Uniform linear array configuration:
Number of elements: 8
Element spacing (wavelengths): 0.25
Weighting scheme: kaiser
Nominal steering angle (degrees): -60
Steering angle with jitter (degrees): -59.773
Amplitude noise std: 0.05
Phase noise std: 0.05

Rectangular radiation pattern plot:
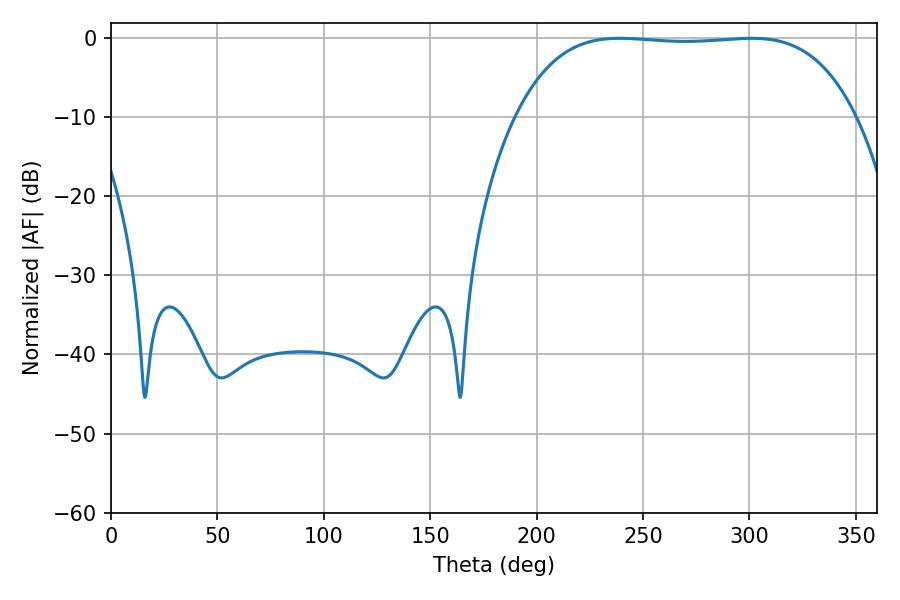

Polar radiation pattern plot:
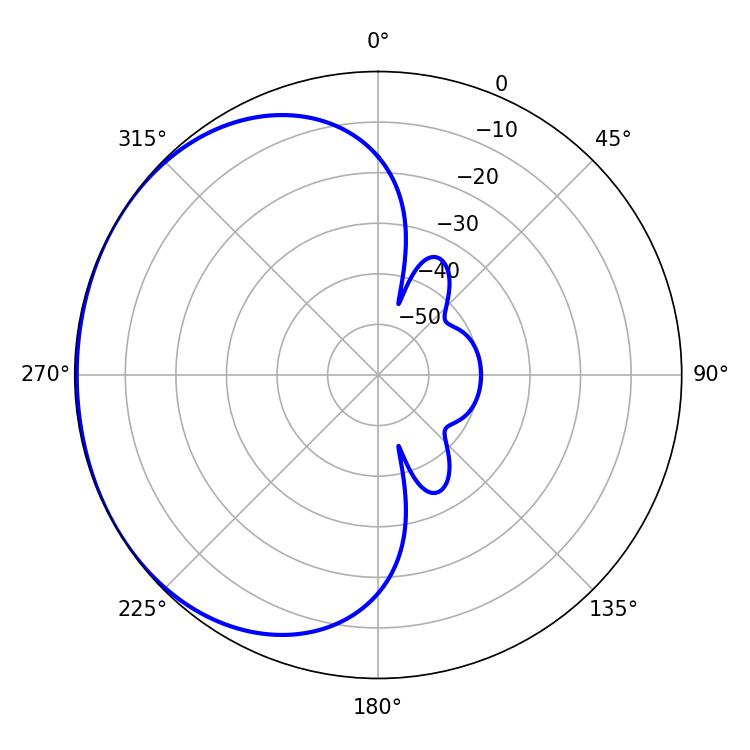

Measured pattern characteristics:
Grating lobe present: FALSE
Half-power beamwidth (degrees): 124.56
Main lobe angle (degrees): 239.04